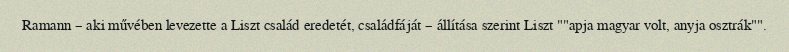
Ramann – aki művében levezette a Liszt család eredetét, családfáját – állítása szerint Liszt ""apja magyar volt, anyja osztrák"".